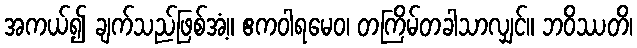
အကယ်၍ ချက်သည်ဖြစ်အံ့။ ဧကဝါရမေဝ၊ တကြိမ်တခါသာလျှင်။ ဘဝိဿတိ၊